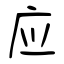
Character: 应